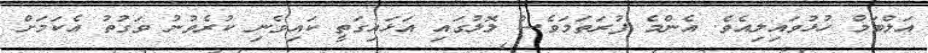
އަލްބަމް ހުޅުވައިލިއެވެ. އެންމެ ފުރަތަމަވެސް ލޮލުގައި އަޅައިގަތީ ކައިވެނި ކުރެވުނު ވަގުތު އެކަމަށް